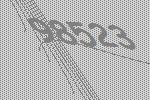
98523